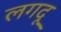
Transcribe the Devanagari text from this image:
लगदू